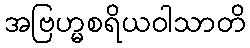
အဗြဟ္မစရိယဝါသာတိ